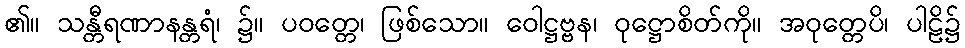
၏။ သန္တီရဏာနန္တရံ၊ ၌။ ပဝတ္တေ၊ ဖြစ်သော။ ဝေါဋ္ဌဗ္ဗန၊ ဝုဋ္ဌောစိတ်ကို။ အဝုတ္တေပိ၊ ပါဠိ၌